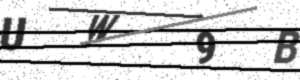
Text: UW9B